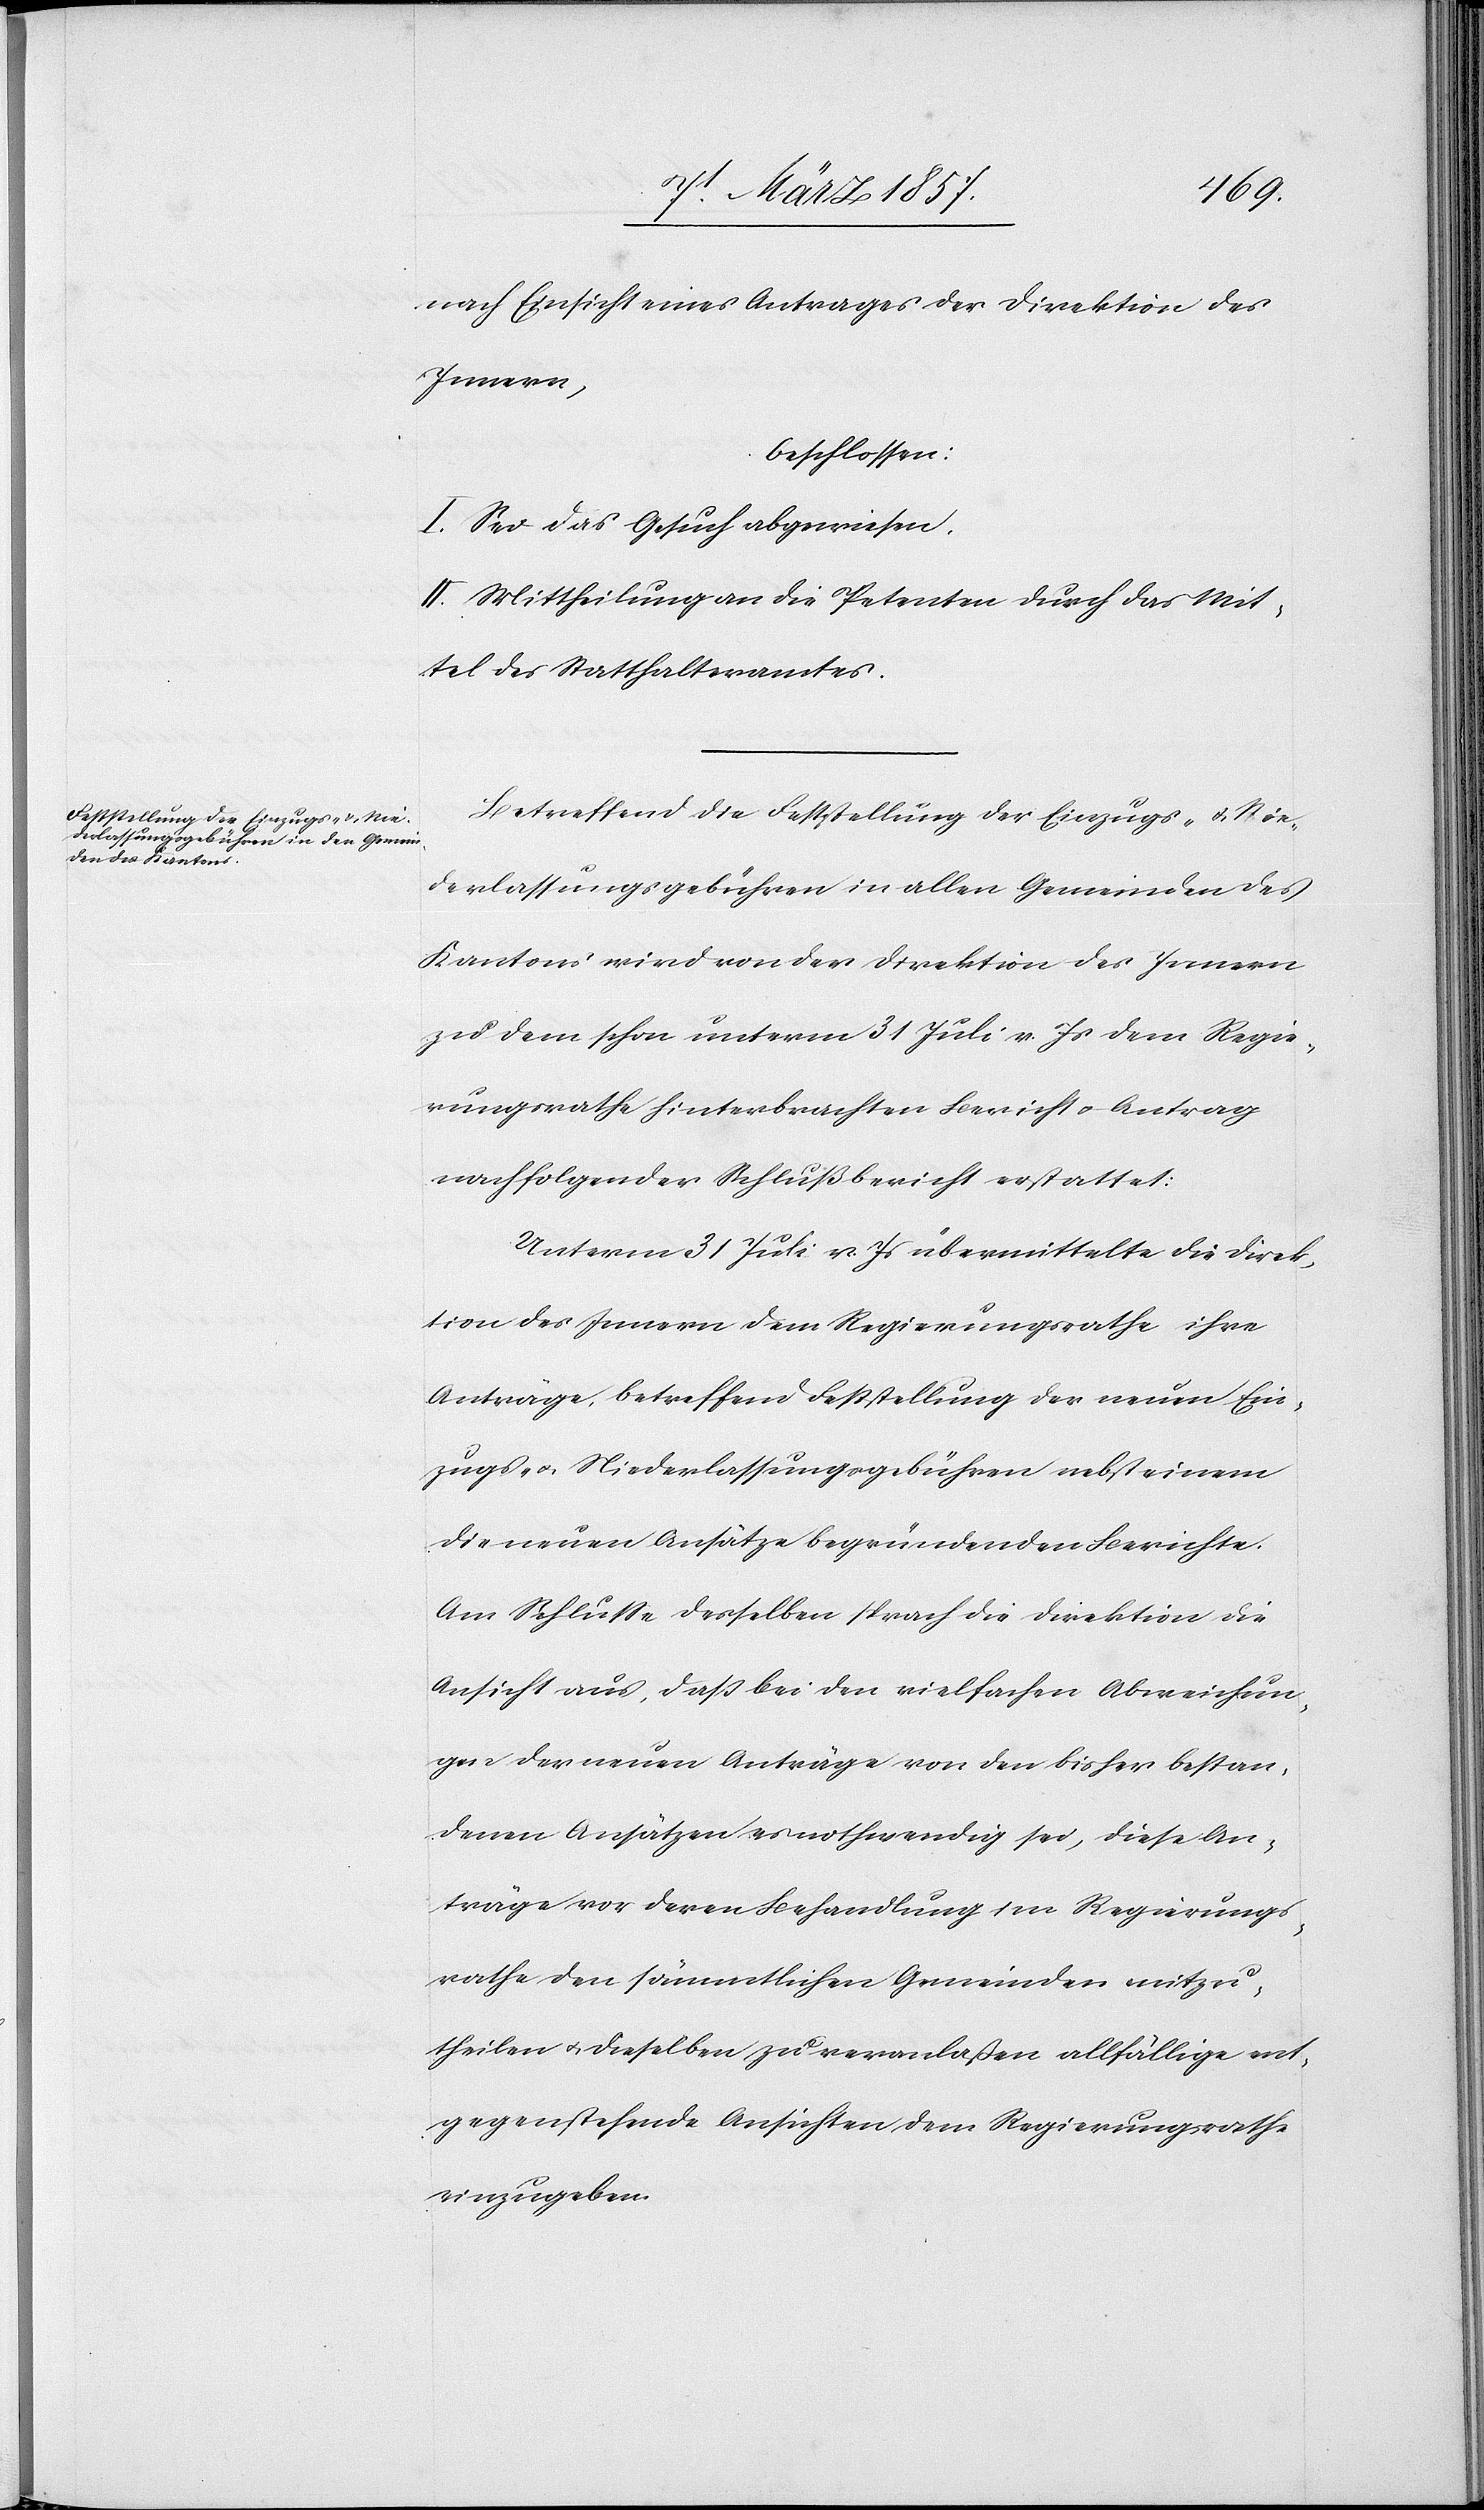
nach Einsicht eines Antrages der Direktion des
Innern,
beschlossen:
I. Sei das Gesuch abgewiesen.
II. Mittheilung an die Petenten durch das Mit¬
tel des Statthalteramtes.
Betreffend die Feststellung der Einzugs- u. Nie¬
derlassungsgebühren in allen Gemeinden des
Kantons wird von der Direktion des Innern
zu dem schon unterm 31 Juli v. Js dem Regie¬
rungsrathe hinterbrachten Bericht u. Antrag
nachfolgender Schlußbericht erstattet:
Unterm 31 Juli v. Js übermittelte die Direk¬
tion des Innern dem Regierungsrathe ihre
Anträge, betreffend Feststellung der neuen Ein¬
zugs- u. Niederlassungsgebühren nebst einem
die neuen Ansätze begründenden Berichte.
Am Schlusse desselben sprach die Direktion die
Ansicht aus, daß bei den vielfachen Abweichun¬
gen u. der neuen Anträge von den bisher bestan¬
denen Ansätzen es nothwendig sei, diese An¬
träge vor deren Behandlung im Regierungs¬
rathe den sämmtlichen Gemeinden mitzu¬
theilen u. dieselben zu veranlaßen allfällige ent¬
gegenstehende Ansichten dem Regierungsrathe
einzugeben.